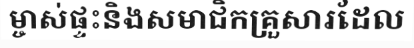
ម្ចាស់ផ្ទះនិងសមាជិកគ្រួសារដែល